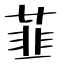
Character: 韮